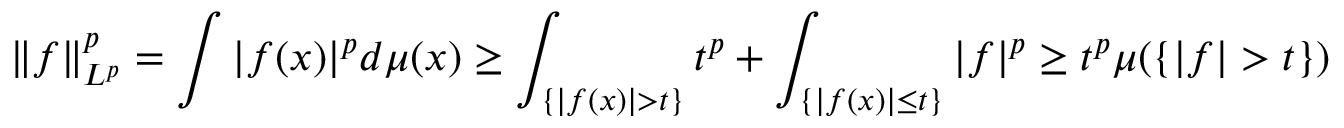
\| f \| _ { L ^ { p } } ^ { p } = \int | f ( x ) | ^ { p } d \mu ( x ) \geq \int _ { \{ | f ( x ) | > t \} } t ^ { p } + \int _ { \{ | f ( x ) | \leq t \} } | f | ^ { p } \geq t ^ { p } \mu ( \{ | f | > t \} )